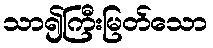
သာ၍ကြီးမြတ်သော